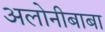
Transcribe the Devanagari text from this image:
अलोनीबाबा